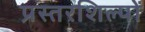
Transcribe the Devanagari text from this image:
प्रस्तरशिल्पों